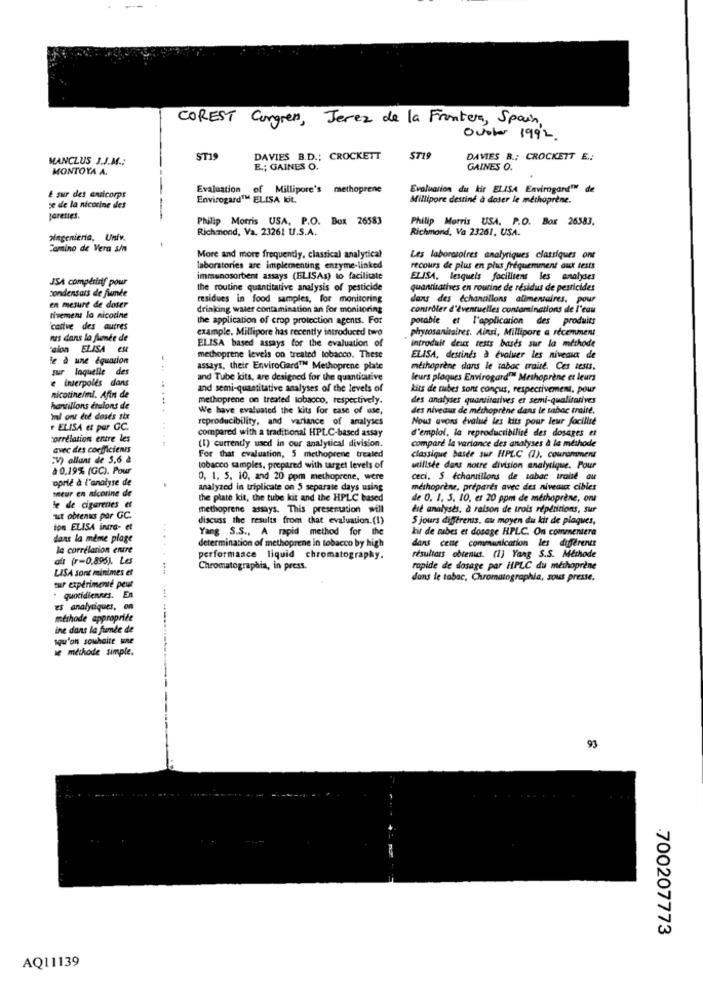
COREST Congres, Jerez de la Frontera, Spain,
October 1992.
MANCLUS J.J.M .:
ST19
DAVIES B.D .: CROCKETT
ST19
DAVIES B .; CROCKETT E .:
MONTOYA A.
E .; GAINES O.
GAINES O.
Evaluation of Millipore's methoprene
Evaluation du kir ELISA Envirogard"" de
E sur des anticorps
Envirogard™ ELISA kit.
Millipore destiné à doser le méthoprène.
se de la nicotine des
pareties.
-
Philip Morris USA, P.O. Box 26583
Philip Morris USA. P.O. Box 26583,
Richmond, Va. 23261 U.S.A.
Richmond, Va 23261, USA.
aingenieria, Unfv.
-
Camino de Vera s/n
More and more frequently, classical analytical
Les laboratoires analytiques classiques ont
laboratories are implementing enzyme-linked
recours de plus en plus fréquemment aux tests
JSA competiitf pour
immenosorbent assays (ELISAs) to facilitate
ELISA, lesquels facilitent les analyses
condensais de finde
the routine quantitative analysis of pesticide
quantitatives en routine de résidus de pesticides
en mesure de doser
residues in food samples, for monitoring
dans des échantillons alimentaires, pour
drinking water contamination an for monitoring
contrôler d'éventuelles contaminations de l'eau
tivement la nicotine
the application of crop protection agents. For
potable et l'application des produits
"cative des autres
example. Millipore has recently introduced two
phytosanitaires. Ainsi, Millipore a récemment
mis dans la funée de
ELISA based assays for the evaluation of
"aion ELISA EM
introduit deux tests basés sur la méthode
le à une équation
methoprene levels on treated tobacco. These
ELISA, destinés à évaluer les niveaux de
sur laquelle des
assays, their EnviroCard™ Methoprene plate
methoprène dans le tabac traité. Ces tests,
e inierpoles dans
and Tube kits, are designed for the quantitative
leurs plaques Envirogard" Meshoprène et leurs
and semi-quantitative analyses of the levels of
kits de tubes sont conçus, respectivement, pour
nicotineimi, Afin de
methoprene on treated tobacco, respectively.
des analyses quantitatives et semi-qualitatives
harsillons ctalons de
We have evaluated the kits for case of use,
des niveaux de méthoprène dans le tabac traité.
ml ont did doses six
reproducibility, and variance of analyses
Nous avons Evalue les kits pour leur focillse
ELISA et par GC.
compared with a traditional HPLC-based assay
d'emploi, la reproductibilité des dosages et
corrélation entre les
(I) currently used in our analytical division.
compare la variance des analyses à la méthode
avec des coefficients
"V) allant de 5,6 à
For that evaluation, 5 methoprene treated
classique basée sur HPLC (1), couramment
à 0,19% (GC). Pour
tobacco samples, prepared with target levels of
utilisée dans notre division analytique. Pour
oprié à l'analyse de
0, 1, 5, 10, and 20 ppm methoprene, were
ceci. S échantillons de tabac tralie au
Ieur en nicorine de
analyzed in triplicate on 5 separate days using
méthoprène, préparés avec des niveaux cibles
the plate kit, the tube kit and the HPLC based
de 0. 1. 3. 10, et 20 ppm de méthoprène, on
Se de cigarettes er
methoprene assays. This presentation will
de analyses, à raison de trois répétitions, sur
ut obtenus par GC.
discuss the results from that evaluation.(1)
5 jours differenis, au moyen du kit de plaques,
ion ELISA intra- et
Yang S.S ., A rapid method for the
kit de tubes et dosage HPLC. On commentera
dans la même plage
determination of methoprene in tobacco by high
dans cene communication les différents
la corrélation entre
....
aft (r=0,895). Les
performance liquid chromatography.
résultats obtenus. (1) Yang S.S. Méthode
LISA sont minimes et
Chromatographia, in press.
rapide de dosage par HPLC du méthoprène
tur expérimenté peut
dans le tabac, Chromatographie, sous presse,
quotidiennes. En
es analytiques, on
méthode appropriée
ine dans la fumée de
squ'on souhaite une
se méthode simple.
93
700207773
AQ11139